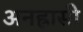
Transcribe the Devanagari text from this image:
अनह्रासी